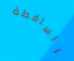
الساقطة